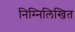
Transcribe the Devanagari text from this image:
निम्‍निलिखित